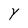
Character: Y